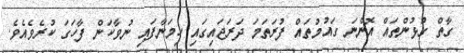
ގާތް ގުޅުންތައް އޮންނަ ގައުމުތައް ފުރަތަމަ ދަރަޖައިގައި ހިމަނާފައި ނުވާކަން ފާހަގަ ކުރެވެއެވެ.